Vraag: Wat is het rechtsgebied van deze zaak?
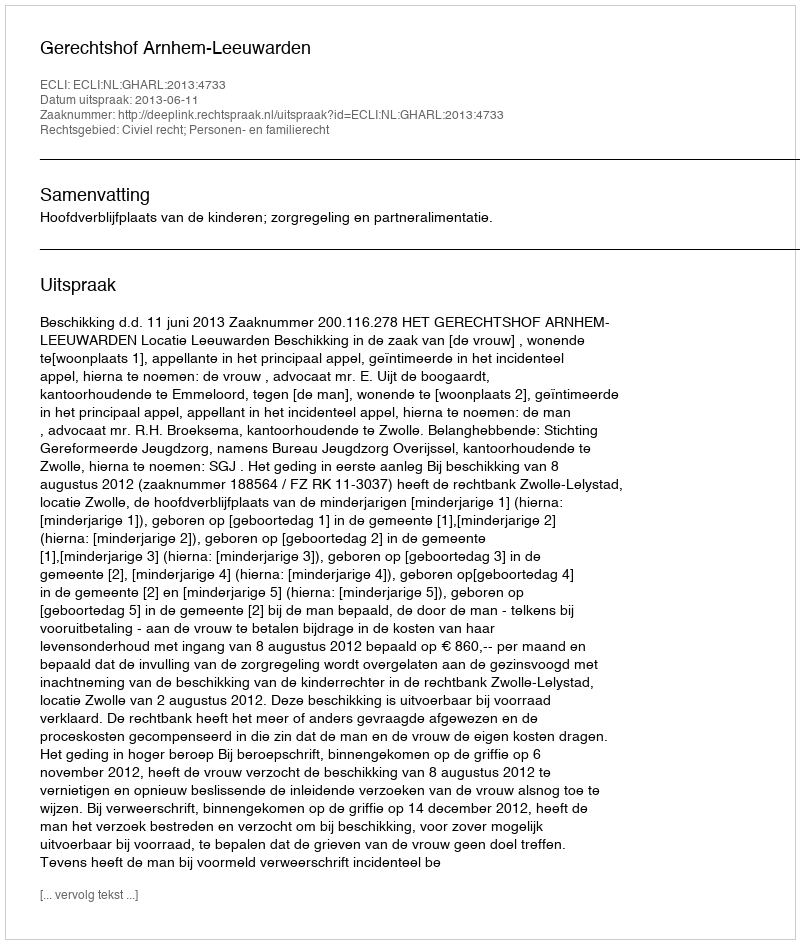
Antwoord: Civiel recht; Personen- en familierecht